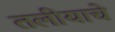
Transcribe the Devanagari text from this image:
तलीयाचे